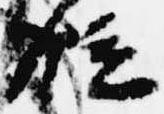
位